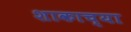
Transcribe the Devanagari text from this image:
शाकाच्या